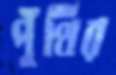
পুঁথির